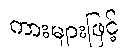
ကားများဖြင့်